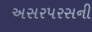
અસરપરસની